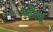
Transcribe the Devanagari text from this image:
फोंडू